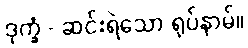
ဒုက္ခံ - ဆင်းရဲသော ရုပ်နာမ်။